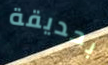
بحديقة